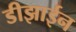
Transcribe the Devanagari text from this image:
डीझाईन